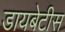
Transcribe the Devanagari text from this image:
डायबेटीस